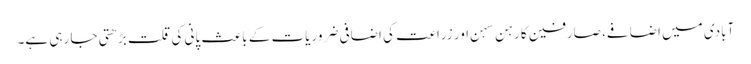
آبادی میں اضافے، صارفین کا رہن سہن اور زراعت کی اضافی ضروریات کے باعث پانی کی قلت بڑھتی جا رہی ہے۔